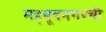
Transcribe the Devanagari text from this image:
महबूबनगरची